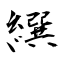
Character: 繏